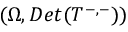
( \Omega , D e t ( T ^ { - , - } ) )